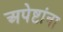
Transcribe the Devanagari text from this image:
अपेष्टांना